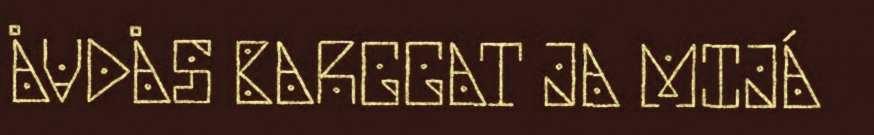
ÅVDÅS BARGGAT JA MIJÁ